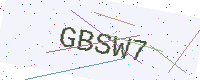
Text: GBSW7